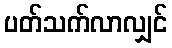
ပတ်သက်လာလျှင်